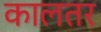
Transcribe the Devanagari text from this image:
कालतर